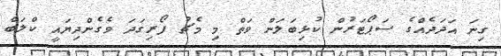
ގިނަ އަދަދެއްގެ ސަޕޯޓަރުން ކުޅިބަލަން ވަތް މި މެޗު ފޯރިގަދަ ވެގެންދިޔައީ ކްލަބް